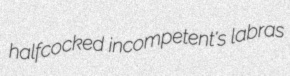
halfcocked incompetent's labras